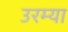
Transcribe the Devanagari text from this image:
उरम्या